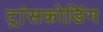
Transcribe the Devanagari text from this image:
ट्रांसकोडिंग